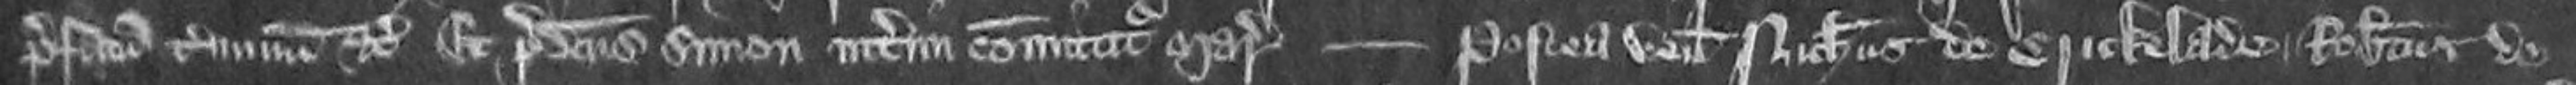
prefatum terminum etc Et predictus Simon interim comititur Marescalsiam Postea veniunt Nicholaus de Cricklade Robertus de